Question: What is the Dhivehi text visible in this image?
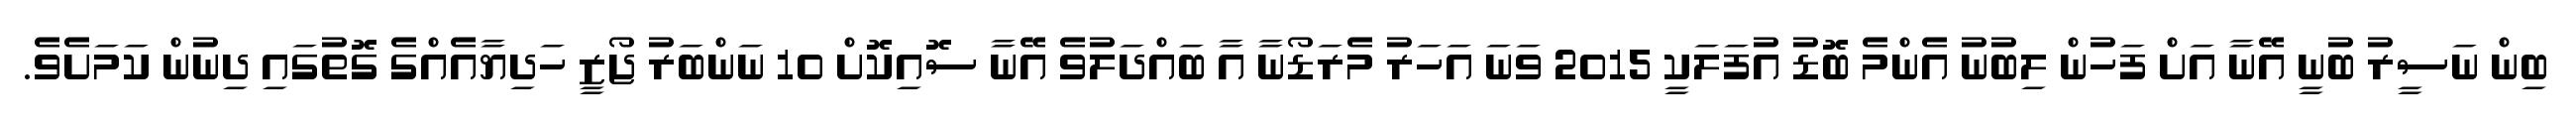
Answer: ބިން ނަސީރު ބުނީ އޭނާ އަށް ފަހުން ލިބުނު އެންމެ ބޮޑު އުފަލަކީ 2015 ވަނަ އަހަރު މެރަޑޯނާ އާ ބައްދަލުވެ އޭނާ ސޮއިކޮށް 10 ނަންބަރު ޖޯޒީ ހަދިޔާއެއްގެ ގޮތުގައި ދިނުން ކަމަށެވެ.